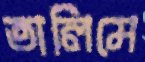
তালিমে